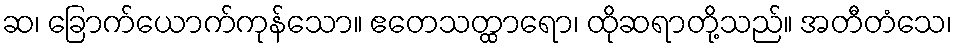
ဆ၊ ခြောက်ယောက်ကုန်သော။ ဧတေသတ္ထာရော၊ ထိုဆရာတို့သည်။ အတီတံသေ၊